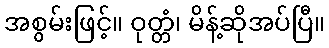
အစွမ်းဖြင့်။ ဝုတ္တံ၊ မိန့်ဆိုအပ်ပြီ။